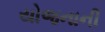
યોજનાની